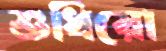
শুধিয়ো